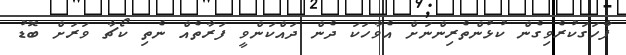
ފާހަގަކުރެވިގެން ކުޅުންތެރިންނަށް އެވާހަކަ ދެން ދައްކަންވީ ފަރާތެއް ނެތި ކޯޗާ ވަރަށް ބޮޑު